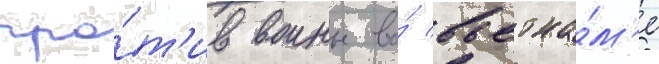
про́т'ив воины во́ вьетна́м'е